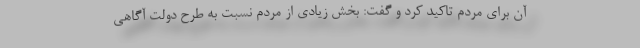
آن برای مردم تاکید کرد و گفت: بخش زیادی از مردم نسبت به طرح دولت آگاهی